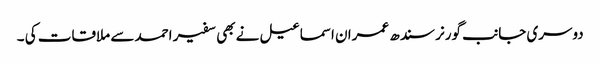
دوسری جانب گورنر سندھ عمران اسماعیل نے بھی سفیر احمد سے ملاقات کی ۔